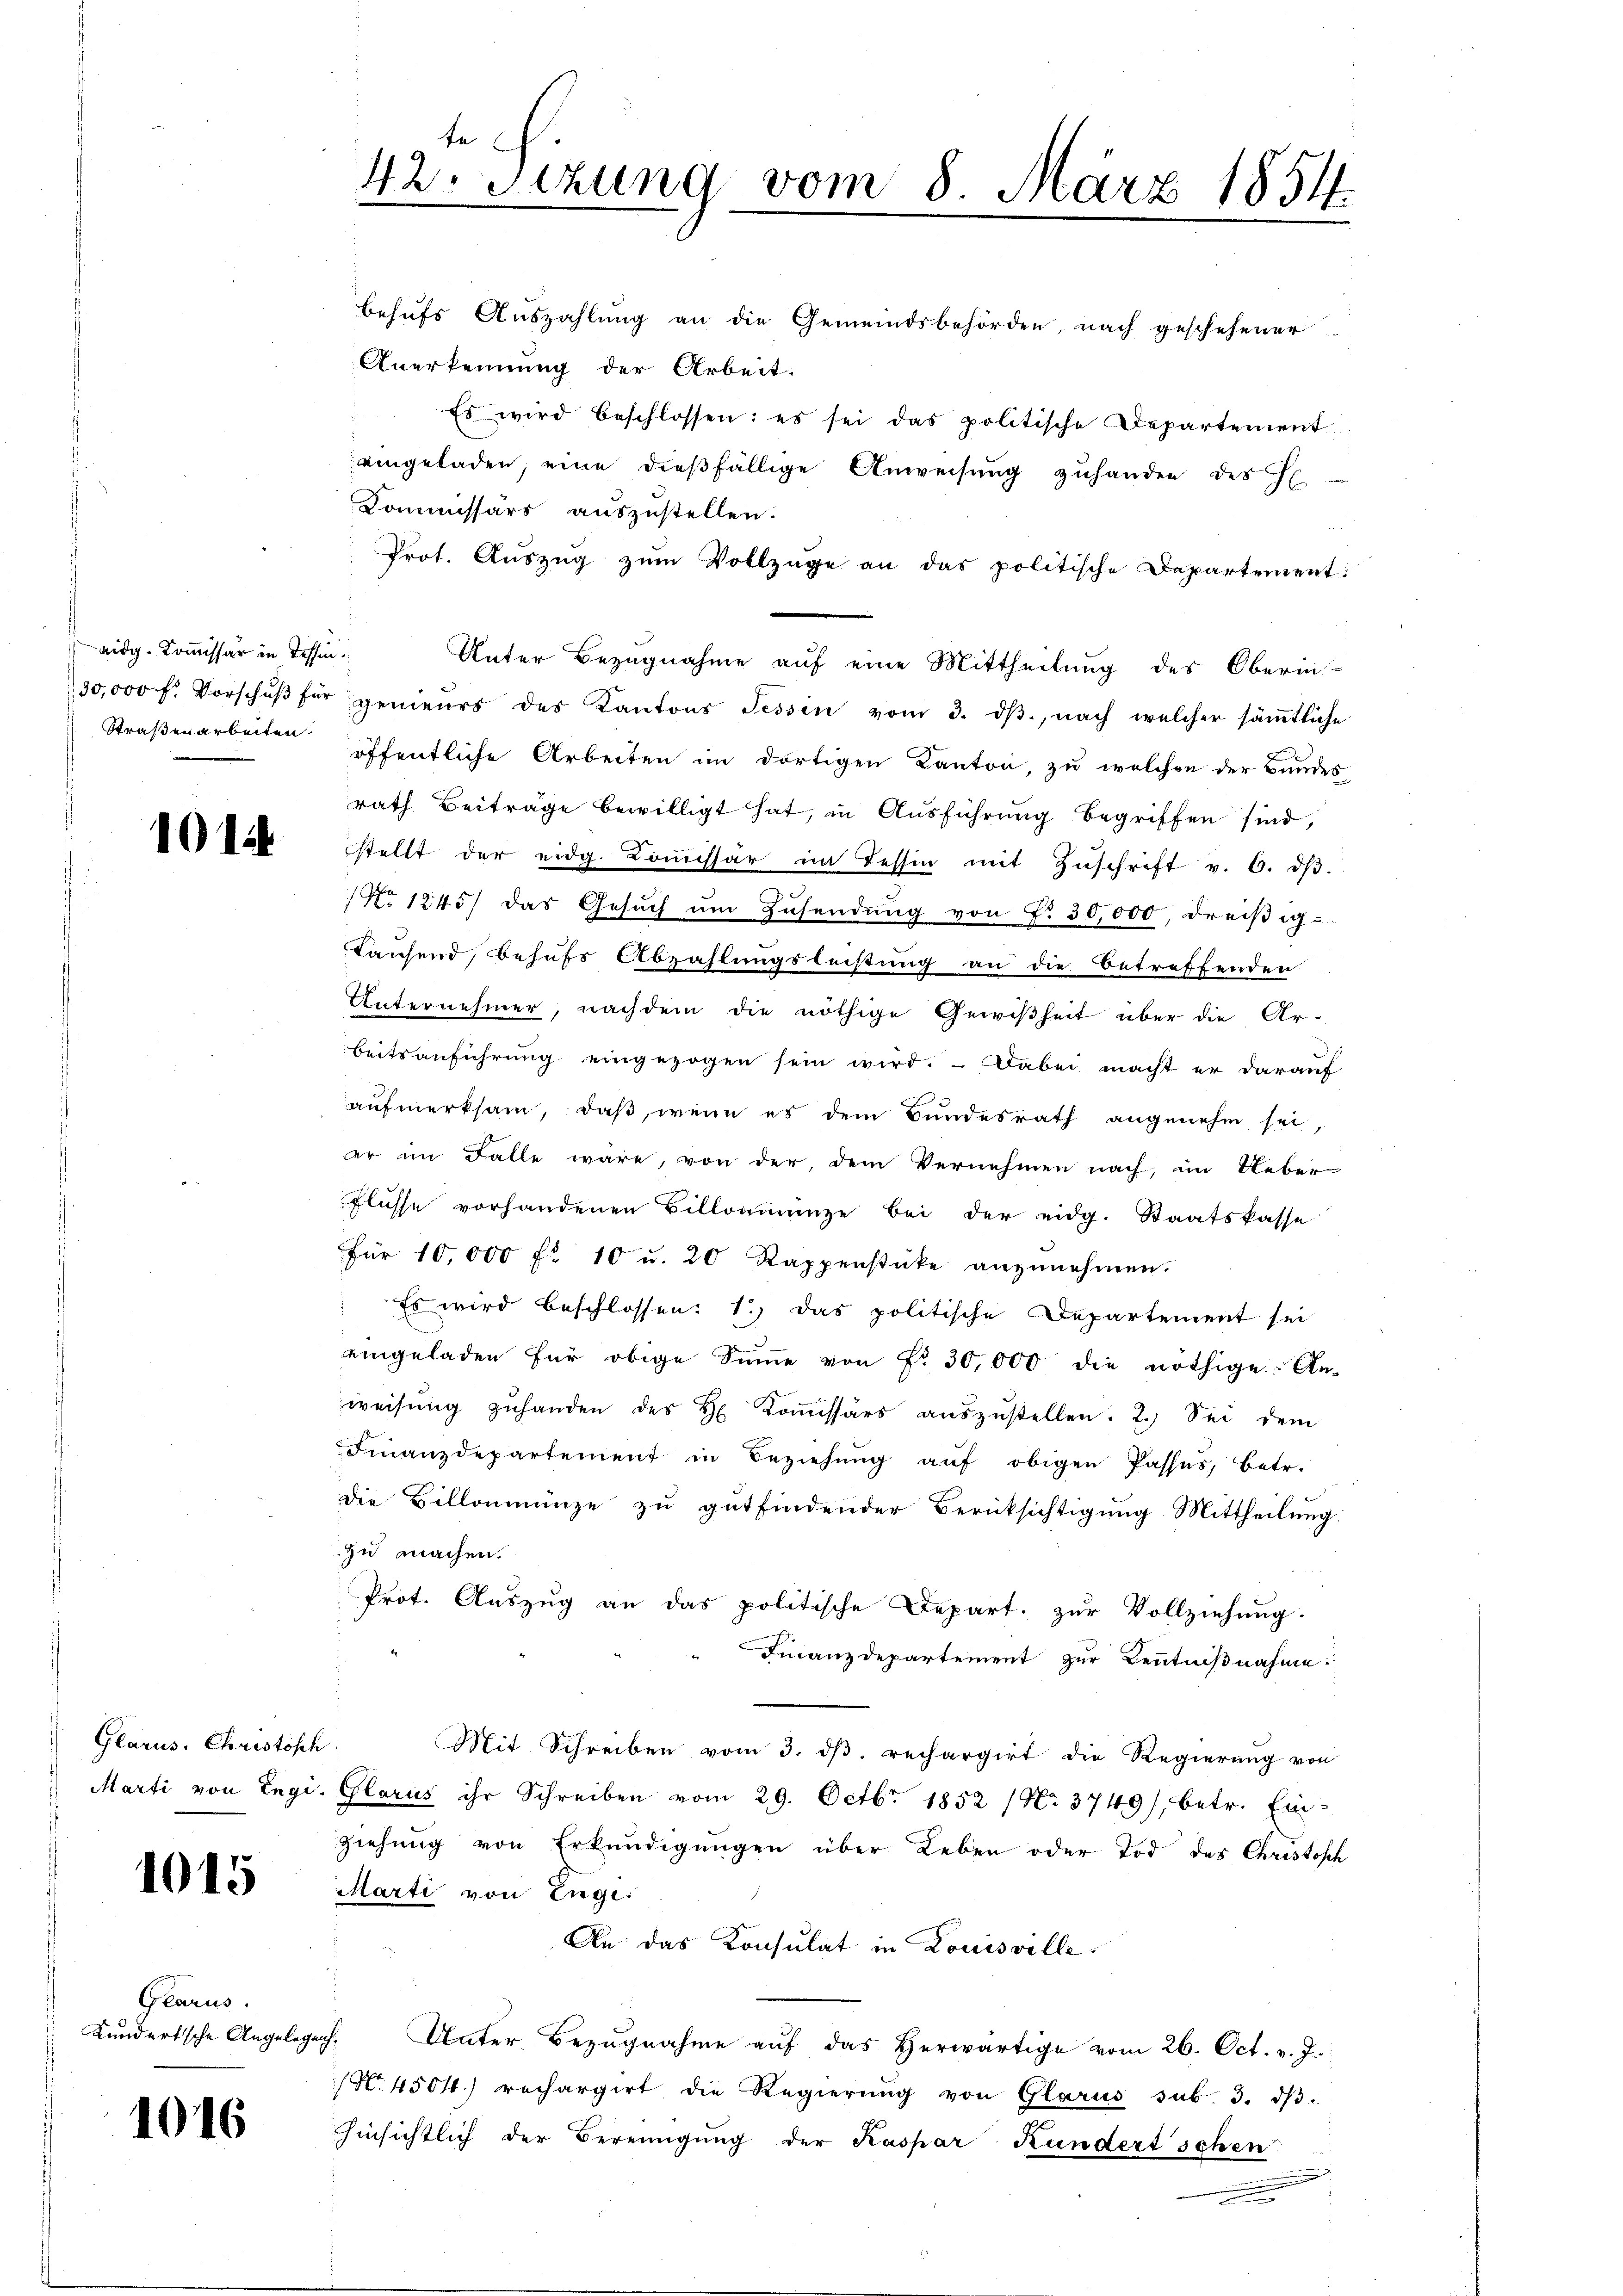
eidg. Kommissär in Tessin.
Straßenarbeiten.

Glarus. Christisch

1015

Glarus.
Kundertsche Angelegen.

1016

behufs Auszahlung an die Gemeindsbehörden, nach geschehener
Anerkennung der Arbeit.
Es wird beschlossen: es sei das politische Departement
eingeladen, eine dießfällige Anweisung zuhanden des Hl.-
Kommissärs auszustellen.
Prot. Auszug zum Vollzüge an das politische Departement:
Unter Bezugnahme auf eine Mittheilung des Oberin-
30,000 f. Vorschŭβ für genieurs des Kantons Tessin vom 3. dβ, nach welcher säṁtliche
öffentliche Arbeiten im dortigen Kanton, zu welchen der Bundes
rath Beiträge bewilligt hat, in Ausführung begriffen sind,
 de stellt der eidg. Koṁissär im Tessin mit Zŭschrift v. 6. dβ.
No 1245) das Gesŭch ŭm Zŭsendŭng von f. 30,000, dreiβig-
Taufend, behufs Abzahlungsleistung an die Betreffenden.
Unternehmer, nachdem die nöthige Gewißheit über die Ar-
beitsanführung eingezogen sein wird. — Dabei macht er darauf
aufmerksam, daß, wenn es dem Bundesrath angenehm sei,
er im Falle wäre, von der, dem Vernehmen nach, im Ueber-
Flüsse vorhandenen Billonmenge bei der eidg. Staatskasse
für 10,000 fl 10 u. 20 Rappenstücke anzŭnehmen.
 Es wird beschlossen: 1.) Das politische Departement sei
eingeladen für obige Sinne von Fr. 30,000 die nöthige An-
weisung zuhanden des H. Kommissärs auszustellen. 2.) Sei dem
Finanzdepartement in Beziehŭng aŭf obigen Passes, betr.
die Billonmünze zu gutfindender Berücksichtigung Mittheilung
zu machen.
Prot. Auszug an das politische Depart. zur Vollziehung.
Finanzdepartement zur Kenntnißnahme.
Mit Schreiben vom 3. dβ. rechargirt die Regierŭng von
 Marti von Engi, Glarus ihr Schreiben vom 29. Octbr. 1852 / No. 3749), betr. Ein-
ziehung von Erkundigungen über Leben oder Tod des Christisch
Marti von Enge.
An das Konsulat in Louisville.
Unter Bezŭgnahme aŭf das herwärtige vom 26. Oct. v. J.
(Nr. 4504) rechargirt die Regierŭng von Glarus sub. 3. dβ.
hinsichtlich der Bereinigung der Kaspar Kundertschen
.

42. Sitzung vom 8. März 1854.